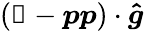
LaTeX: \left(\mathbb{1}-\boldsymbol{p}\boldsymbol{p}\right)\cdot\boldsymbol{\hat{g}}